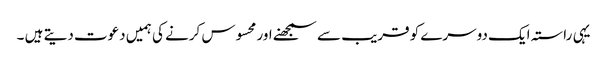
یہی راستہ ایک دوسرے کو قریب سے سمجھنے اور محسوس کرنے کی ہمیں دعوت دیتے ہیں ۔